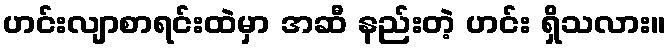
ဟင်းလျာစာရင်းထဲမှာ အဆီ နည်းတဲ့ ဟင်း ရှိသလား။